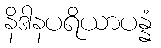
နိဒါနပရိယာပန္နံ